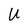
Character: U